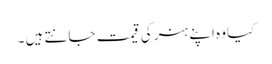
کیا وہ اپنے ہنر کی قیمت جانتے ہیں ۔